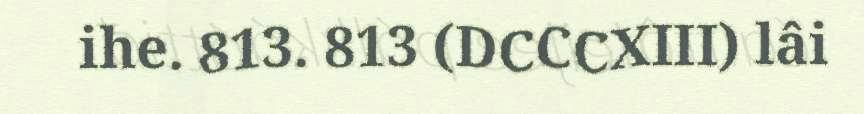
ihe. 813. 813 (DCCCXIII) lâi